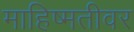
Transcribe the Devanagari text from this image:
माहिष्मतीवर